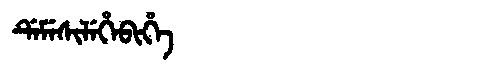
Manchu: ᡩᡝᠮᡝᠰᡳᠯᡝᡥᡝᠪᡳᡥᡝ
Romanization: DEMESILEHEBIHE